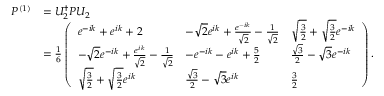
\begin{array} { r l } { P ^ { ( 1 ) } } & { = U _ { 2 } ^ { \dagger } P U _ { 2 } } \\ & { = \frac { 1 } { 6 } \left( \begin{array} { l l l } { e ^ { - i k } + e ^ { i k } + 2 } & { - \sqrt { 2 } e ^ { i k } + \frac { e ^ { - i k } } { \sqrt { 2 } } - \frac { 1 } { \sqrt { 2 } } } & { \sqrt { \frac { 3 } { 2 } } + \sqrt { \frac { 3 } { 2 } } e ^ { - i k } } \\ { - \sqrt { 2 } e ^ { - i k } + \frac { e ^ { i k } } { \sqrt { 2 } } - \frac { 1 } { \sqrt { 2 } } } & { - e ^ { - i k } - e ^ { i k } + \frac { 5 } { 2 } } & { \frac { \sqrt { 3 } } { 2 } - \sqrt { 3 } e ^ { - i k } } \\ { \sqrt { \frac { 3 } { 2 } } + \sqrt { \frac { 3 } { 2 } } e ^ { i k } } & { \frac { \sqrt { 3 } } { 2 } - \sqrt { 3 } e ^ { i k } } & { \frac { 3 } { 2 } } \end{array} \right) . } \end{array}